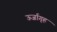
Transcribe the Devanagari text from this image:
ऊर्जागृह